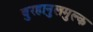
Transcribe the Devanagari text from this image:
बुरहानुलमुल्क